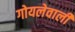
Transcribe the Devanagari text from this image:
गोयलेवाली